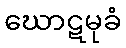
ဃောဋမုခံ